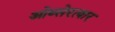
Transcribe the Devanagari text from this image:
ओब्सेरत्वार